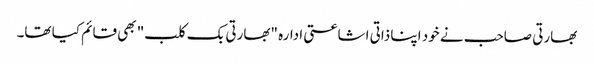
بھارتی صاحب نے خود اپنا ذاتی اشاعتی ادارہ "بھارتی بک کلب" بھی قائم کیا تھا۔